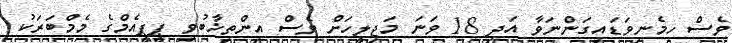
ވެސް ހިމެނިވަޑައިގަންނަވާ އަދި 18 ވަނަ މަޖިލީހަށް ވެސް އިންތިޚާބުވި ޕީޕީއެމްގެ މެމްބަރަކު